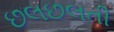
છલછલતી